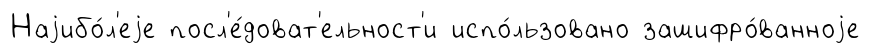
Наjибо́л'еjе посл'е́доват'ельност'и испо́льзовано зашифро́ванноjе